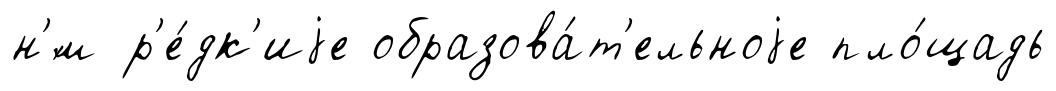
н'́м р'е́дк'иjе образова́т'ельноjе пло́щадь